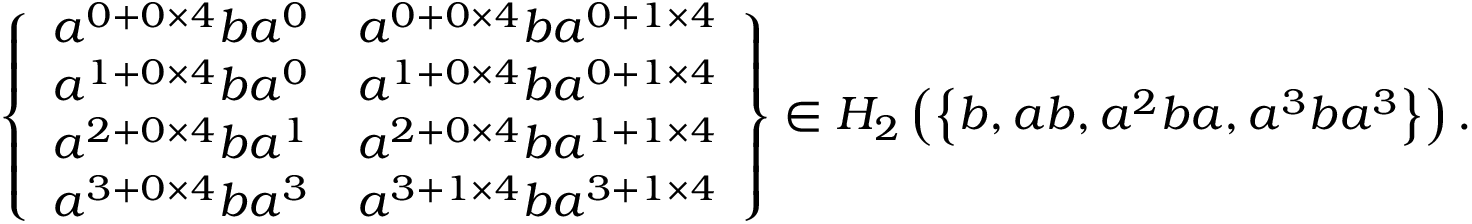
\left\{ \begin{array} { c c } { a ^ { 0 + 0 \times 4 } b a ^ { 0 } } & { a ^ { 0 + 0 \times 4 } b a ^ { 0 + 1 \times 4 } } \\ { a ^ { 1 + 0 \times 4 } b a ^ { 0 } } & { a ^ { 1 + 0 \times 4 } b a ^ { 0 + 1 \times 4 } } \\ { a ^ { 2 + 0 \times 4 } b a ^ { 1 } } & { a ^ { 2 + 0 \times 4 } b a ^ { 1 + 1 \times 4 } } \\ { a ^ { 3 + 0 \times 4 } b a ^ { 3 } } & { a ^ { 3 + 1 \times 4 } b a ^ { 3 + 1 \times 4 } } \end{array} \right\} \in H _ { 2 } \left( \left\{ b , a b , a ^ { 2 } b a , a ^ { 3 } b a ^ { 3 } \right\} \right) .